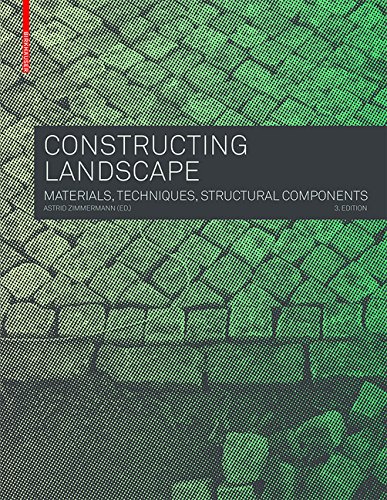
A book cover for Constructing Landscape; Astrid Zimmermann; Arts & Photography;